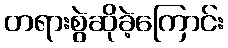
တရားစွဲဆိုခဲ့ကြောင်း